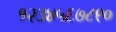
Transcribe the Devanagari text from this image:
१२३४५६७८९०